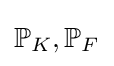
\mathbb {P} _{K},\mathbb {P} _{F}